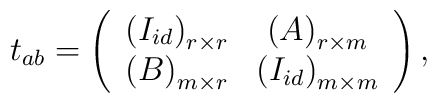
t_{ab}=\left(\begin{array}{cc}\left( I_{id}\right) _{r\times r} & \left( A\right) _{r\times m} \\\left( B\right) _{m\times r} & \left( I_{id}\right) _{m\times m}\end{array}\right) ,